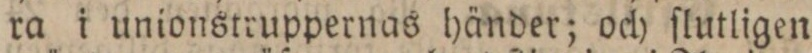
ra i unionstruppernas händer; och ſlutligen